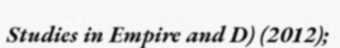
Studies in Empire and D) (2012);